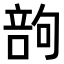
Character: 𠹪